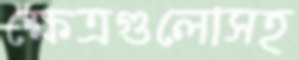
ক্ষেত্রগুলোসহ